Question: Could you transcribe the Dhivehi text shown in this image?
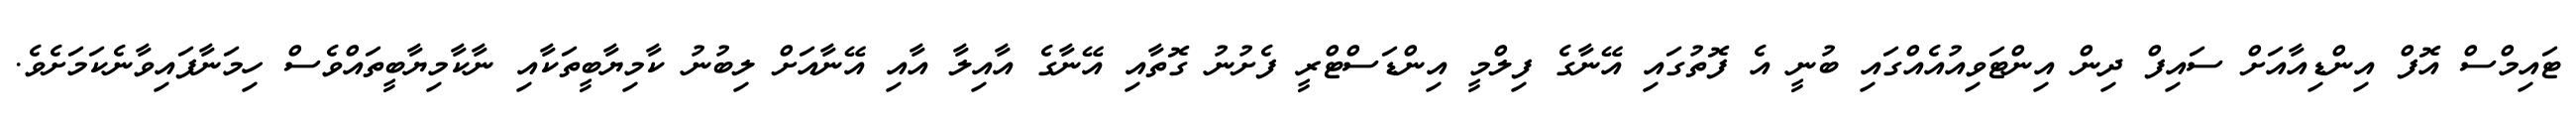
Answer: ޓައިމްސް އޮފް އިންޑިއާއަށް ސައިފް ދިން އިންޓަވިއުއެއްގައި ބުނީ އެ ފޮތުގައި އޭނާގެ ފިލްމީ އިންޑަސްޓްރީ ފެށުނު ގޮތާއި އޭނާގެ އާއިލާ އާއި އޭނާއަށް ލިބުނު ކާމިޔާބީތަކާއި ނާކާމިޔާބީތައްވެސް ހިމަނާފައިވާނެކަމަށެވެ.